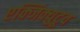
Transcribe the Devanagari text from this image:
एक्जिक्युटूव